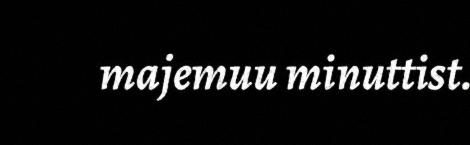
majemuu minuttist.